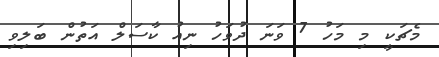
މެޗަކީ މި މަހު 7 ވަނަ ދުވަހު ނިއު ކާސަލް އަތުން ބަލިވި